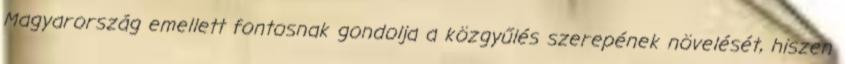
Magyarország emellett fontosnak gondolja a közgyűlés szerepének növelését, hiszen